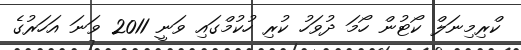
ކްރިމިނަލް ކޯޓުން ހޯމަ ދުވަހު ކުރި ހުކުމްގައި ވަނީ 2011 ވަނަ އަހަރުގެ